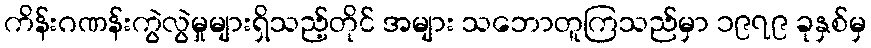
ကိန်းဂဏန်းကွဲလွဲမှုများရှိသည့်တိုင် အများ သဘောတူကြသည်မှာ ၁၉၇၉ ခုနှစ်မှ